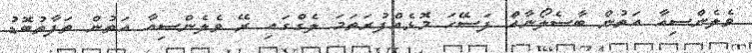
ވެލެންސިއާ އަތުން ބާސެލޯނާއަް ފަސޭހަ މޮޅެއްފުރަތަމަ ލެގްގައި ރޭ ވެލެންސިއާ އަތުން ތަފާތުބޮޑު